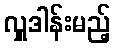
လှူဒါန်းမည့်